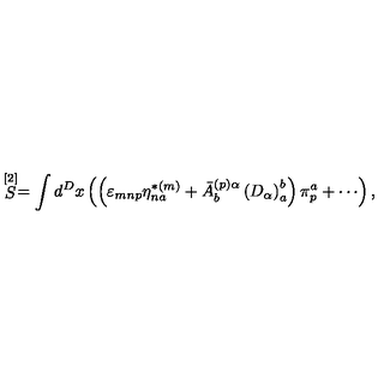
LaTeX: \stackrel { \lbrack 2 ] } { S } = \int d ^ { D } x \left( \left( \varepsilon _ { m n p } \eta _ { n a } ^ { * ( m ) } + \bar { A } _ { b } ^ { ( p ) \alpha } \left( D _ { \alpha } \right) _ { a } ^ { b } \right) \pi _ { p } ^ { a } + \cdots \right) ,